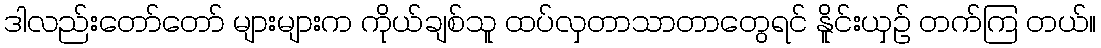
ဒါလည်းတော်တော် များများက ကိုယ်ချစ်သူ ထပ်လှတာသာတာတွေရင် နိူင်းယှဉ် တက်ကြ တယ်။